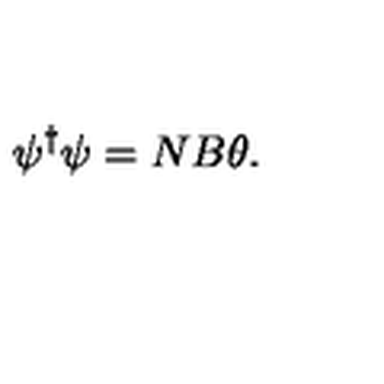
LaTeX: \psi ^ { \dag } \psi = N B \theta .